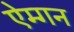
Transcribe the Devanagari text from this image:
ऐम्गन